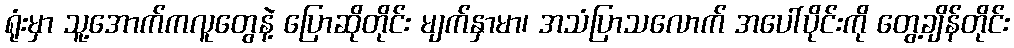
ရုံးမှာ သူ့အောက်ကလူတွေနဲ့ ပြောဆိုတိုင်း မျက်နှာမာ၊ အသံပြာသလောက် အပေါ်ပိုင်းကို တွေ့ချိန်တိုင်း